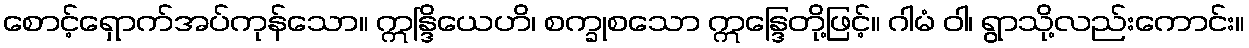
စောင့်ရှောက်အပ်ကုန်သော။ ဣန္ဒြိယေဟိ၊ စက္ခုစသော ဣန္ဒြေတို့ဖြင့်။ ဂါမံ ဝါ၊ ရွာသို့လည်းကောင်း။